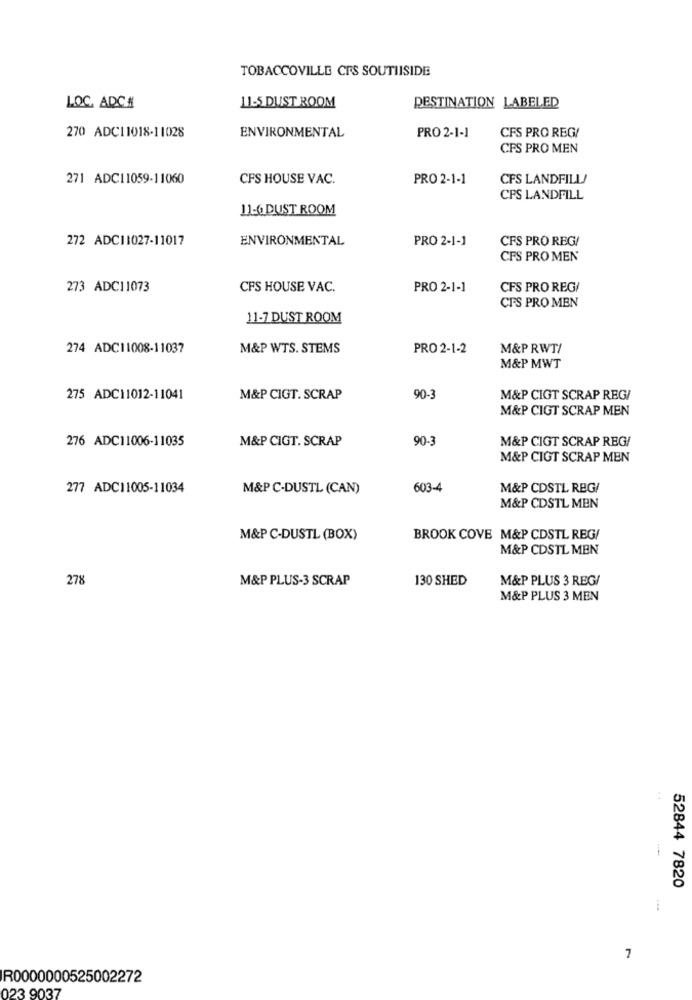
TOBACCOVILLE CES SOUTHISIDE
LOC. ADCA
11-5 DUST ROOM
DESTINATION LABELED
270 ADC11018-11028
ENVIRONMENTAL
PRO 2-1-1
CFS PRO REGI
CFS PRO MEN
271 ADC11059-11060
CFS HOUSE VAC.
PRO 2-1-1
CFS LANDFILL
CFS LANDFILL
11-6 DUST ROOM
272 ADC11027-11017
ENVIRONMENTAL
PRO 2-1-1
CFS PRO REG!
CFS PRO MEN
273 ADC11073
CFS HOUSE VAC.
PRO 2-1-1
CFS PRO REG/
CFS PRO MEN
11-7 DUST ROOM
274 ADC11008-11037
M&P WTS. STEMS
PRO 2-1-2
M&P RWT/
M&P MWT
275 ADC11012-11041
M&P CIGT. SCRAP
90-3
M&P CIGT SCRAP REGI
M&P CIGT SCRAP MEN
276 ADC11006-11035
M&P CIGT. SCRAP
90-3
M&P CIGT SCRAP REG/
M&P CIGT SCRAP MEN
277 ADCI1005-11034
M&P C-DUSTL (CAN)
603-4
M&P CDSTL REG/
M&P CDSTL MEN
M&P C-DUSTL (BOX)
BROOK COVE M&P CDSTL REG/
M&P CDSTL MEN
278
M&P PLUS-3 SCRAP
130 SHED
M&P PLUS 3 REG/
M&P PLUS 3 MEN
52844 7820
7
R0000000525002272
023 9037